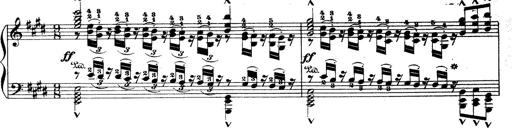
Title: Wagner-Liszt Album
Composer: Franz Liszt